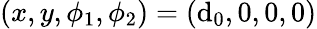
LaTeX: (x,y,\phi_{1},\phi_{2})=(\mathrm{d}_{0},0,0,0)